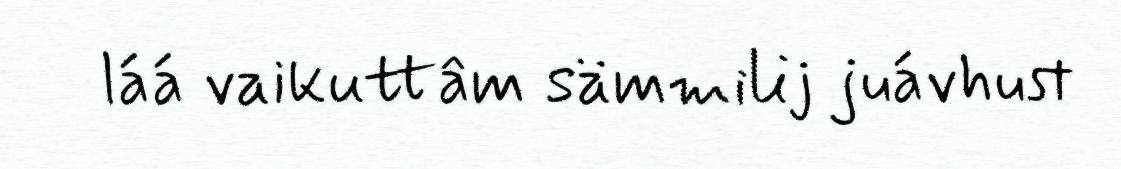
láá vaikuttâm sämmilij juávhust